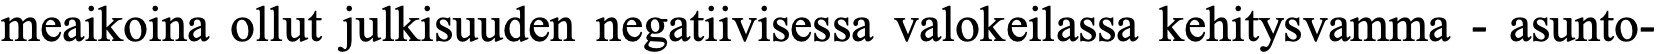
meaikoina ollut julkisuuden negatiivisessa valokeilassa kehitysvamma - asunto-